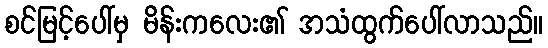
စင်မြင့်ပေါ်မှ မိန်းကလေး၏ အသံထွက်ပေါ်လာသည်။